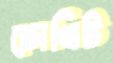
চোখিট